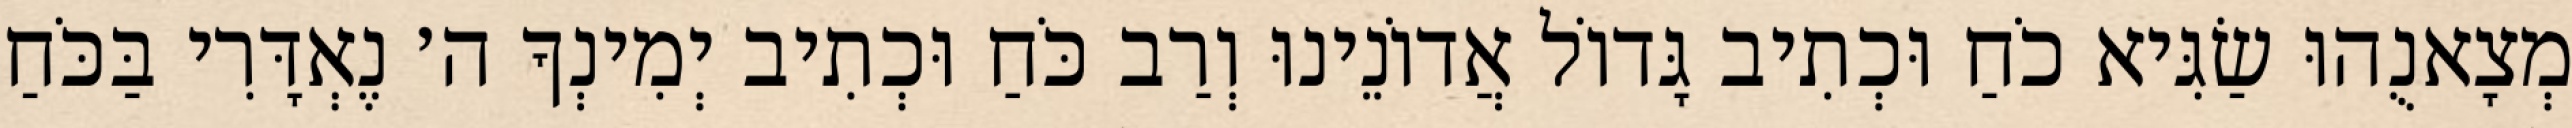
מְצָאנֻהוּ שַׂגִּיא כֹחַ וּכְתִיב גָּדוֹל אֲדוֹנֵינוּ וְרַב כֹּחַ וּכְתִיב יְמִינְךָ ה׳ נֶאְדָּרִי בַּכֹּחַ